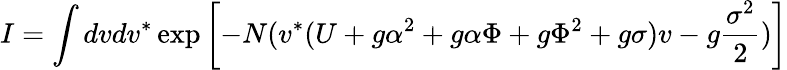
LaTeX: I=\int dvdv^{\ast}\exp\left[-N(v^{\ast}(U+g\alpha^{2}+g\alpha\Phi+g\Phi^{2}+g\sigma)v-g{\frac{\sigma^{2}}{2}})\right]